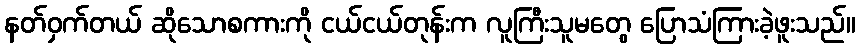
နတ်ဝှက်တယ် ဆိုသောစကားကို ငယ်ငယ်တုန်းက လူကြီးသူမတွေ ပြောသံကြားခဲ့ဖူးသည်။